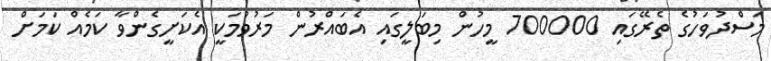
މަސްދުވަހުގެ ތެރޭގައި 700000 މީހުން މިބަލީގައި އެބައްރުން މަރުވުމަކީ އެކަށީގެންވާ ކަމެއް ކަމަށް